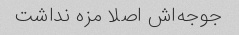
جوجه‌اش اصلا مزه نداشت